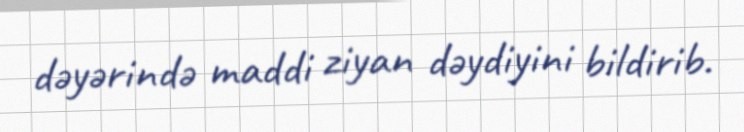
dəyərində maddi ziyan dəydiyini bildirib.